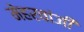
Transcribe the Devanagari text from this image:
मेहरवांजी